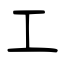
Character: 工